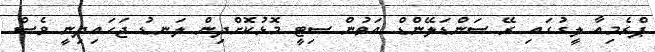
ޕްރެމިއާ ލީގުގައި ރޭ ސަންޑަލޭންޑް އަތުން ސިޓީ މޮޅުކޮށްދިން ލަނޑު ޖަހައިދިނީ ވެސް